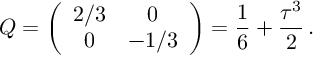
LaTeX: Q = \left( \begin{array} { c c } { { 2 / 3 } } & { { 0 } } \\ { { 0 } } & { { - 1 / 3 } } \end{array} \right) = \frac { 1 } { 6 } + \frac { \tau ^ { 3 } } { 2 } \, .